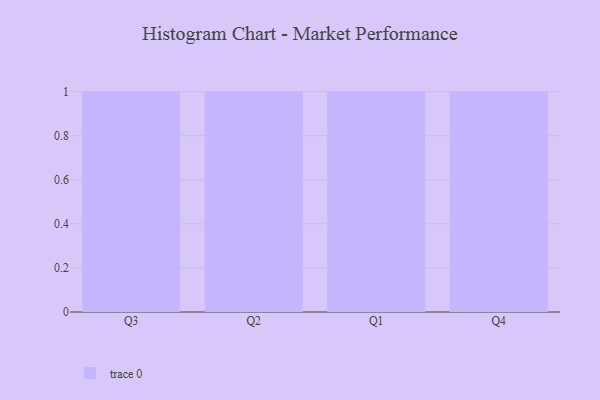
{"axis": {"x": "Quarter", "y": "Revenue (USD Million)"}, "legend": [""], "data": [{"x": "Q3", "y": 87, "type": ""}, {"x": "Q2", "y": 74, "type": ""}, {"x": "Q1", "y": 55, "type": ""}, {"x": "Q4", "y": 51, "type": ""}]}